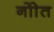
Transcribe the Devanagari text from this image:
नोाेत